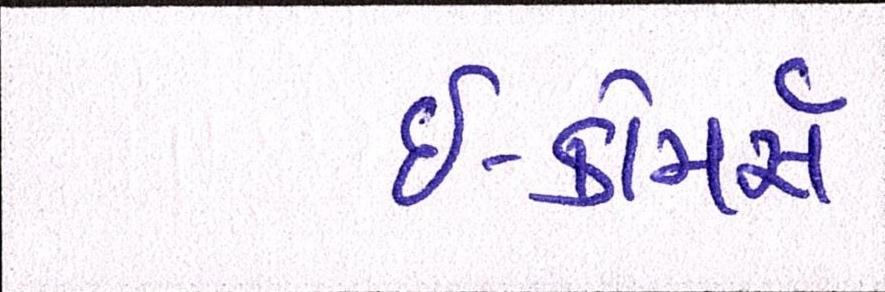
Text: ઇ-કોમર્સ